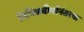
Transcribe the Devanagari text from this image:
विचित्रवीर्यानंतरचा